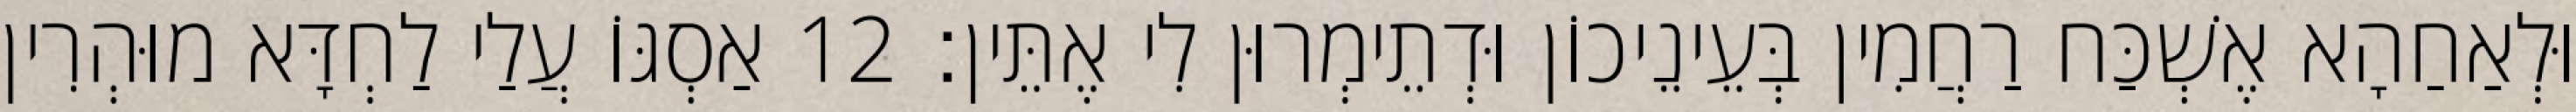
וּלְאַחַהָא אֶשְׁכַּח רַחֲמִין בְּעֵינֵיכוֹן וּדְתֵימְרוּן לִי אֶתֵּין׃ 12 אַסְגּוֹ עֲלַי לַחְדָּא מוּהְרִין